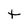
Character: t